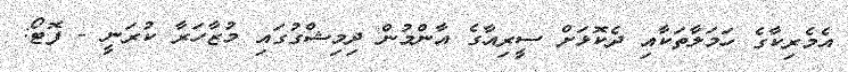
އެމެރިކާގެ ހަމަލާތަކާއި ދެކޮޅަށް ސީރިއާގެ އާންމުން ދިމިޝްގުގައި މުޒާހަރާ ކުރަނީ - ފޮޓޯ: